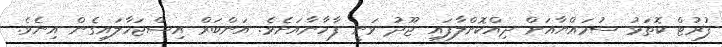
ފުރުޓް ކޮތަޅު ސުމައްޔާއަށް ދިއްކޮށްލާފައި ޖޫދު ވަނީ ފާހާނާއަށެވެ. އަންބަރް އިސްޖަހާލައިގެން އިނެވެ.